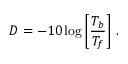
D = - 1 0 \log \left[ \frac { T _ { b } } { T _ { f } } \right] \, .